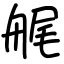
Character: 艉